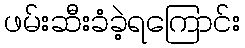
ဖမ်းဆီးခံခဲ့ရကြောင်း